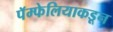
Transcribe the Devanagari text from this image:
पॅम्फेलियाकडून